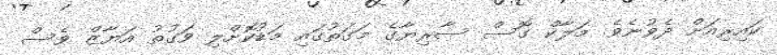
ކައިރިއަށް ދެވުނެވެ. މަލާކް ގޮސް ސާރިޔާގެ މަގަތުގައި މަޑުކޮށްލި ވަގުތު އަޔާޒް ވެސް